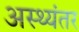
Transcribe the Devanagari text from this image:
अस्थ्यंतर